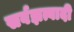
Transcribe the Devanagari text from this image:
सर्वज्ञत्वादी